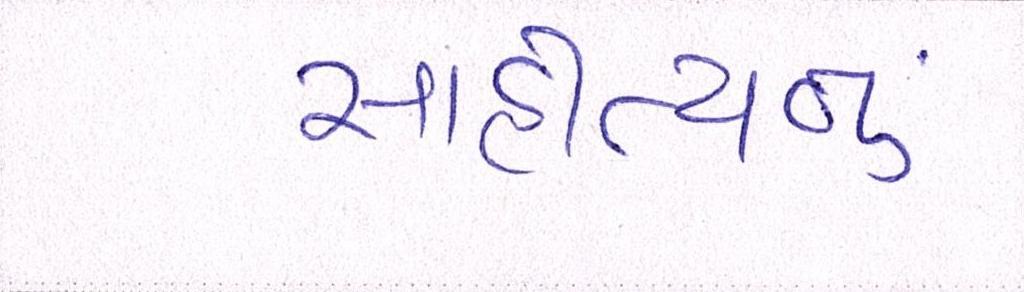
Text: સાહીત્યનું